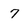
Character: 7